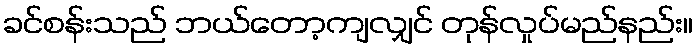
ခင်စန်းသည် ဘယ်တော့ကျလျှင် တုန်လှုပ်မည်နည်း။